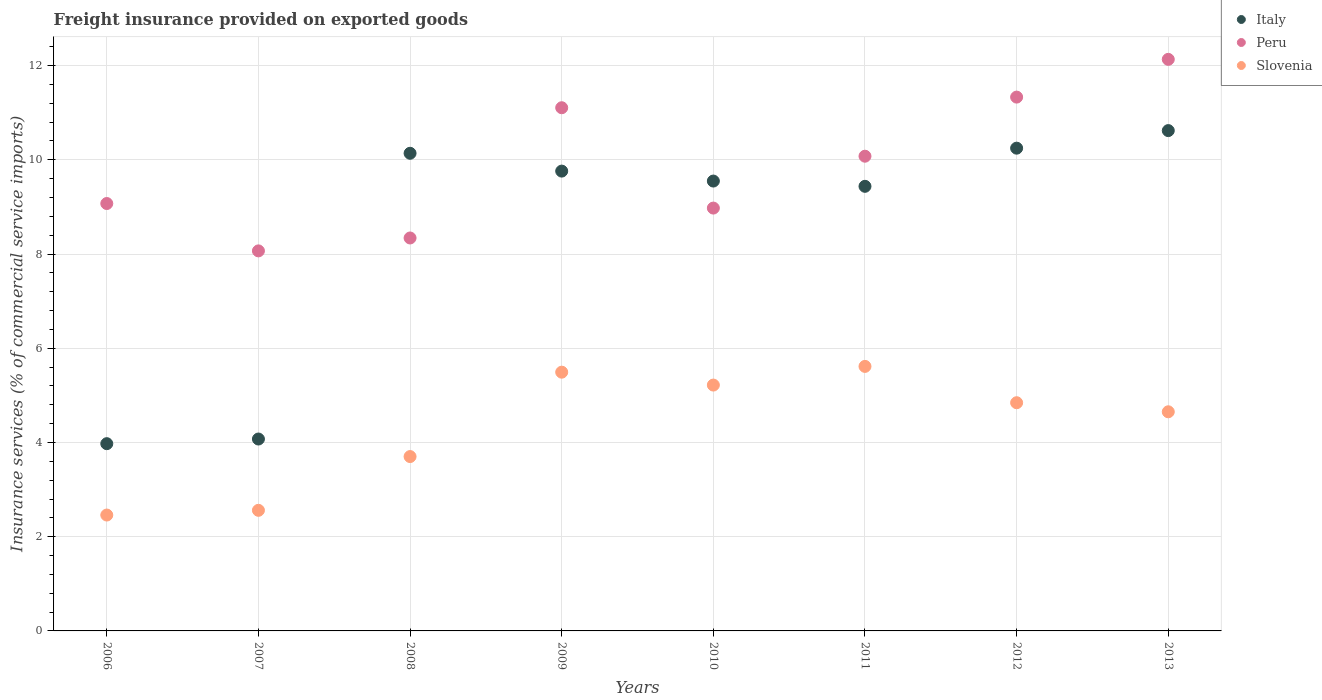
| Years | Italy | Peru | Slovenia |
 | --- | --- | --- | --- |
 | 2006 | 3.97 | 9.07 | 2.46 |
 | 2007 | 4.07 | 8.07 | 2.56 |
 | 2008 | 10.1 | 8.34 | 3.7 |
 | 2009 | 9.76 | 11.1 | 5.49 |
 | 2010 | 9.55 | 8.98 | 5.22 |
 | 2011 | 9.44 | 10.1 | 5.61 |
 | 2012 | 10.2 | 11.3 | 4.84 |
 | 2013 | 10.6 | 12.1 | 4.65 |